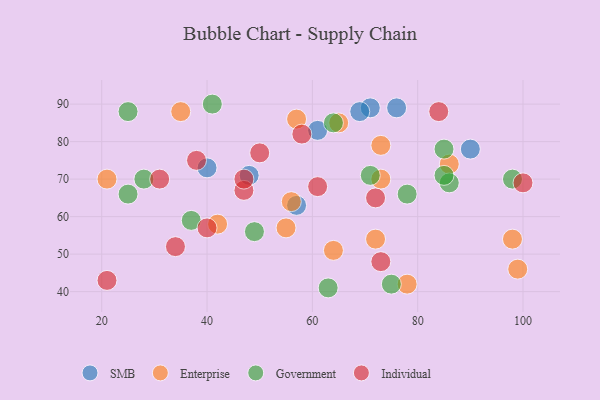
{"axis": {"x": "GDP", "y": "Life Expectancy"}, "legend": ["Enterprise", "Government", "Individual", "SMB"], "data": [{"x": "71", "y": 89, "type": "SMB"}, {"x": "40", "y": 73, "type": "SMB"}, {"x": "48", "y": 71, "type": "SMB"}, {"x": "76", "y": 89, "type": "SMB"}, {"x": "90", "y": 78, "type": "SMB"}, {"x": "69", "y": 88, "type": "SMB"}, {"x": "57", "y": 63, "type": "SMB"}, {"x": "61", "y": 83, "type": "SMB"}, {"x": "98", "y": 54, "type": "Enterprise"}, {"x": "73", "y": 70, "type": "Enterprise"}, {"x": "55", "y": 57, "type": "Enterprise"}, {"x": "65", "y": 85, "type": "Enterprise"}, {"x": "21", "y": 70, "type": "Enterprise"}, {"x": "99", "y": 46, "type": "Enterprise"}, {"x": "86", "y": 74, "type": "Enterprise"}, {"x": "42", "y": 58, "type": "Enterprise"}, {"x": "73", "y": 79, "type": "Enterprise"}, {"x": "57", "y": 86, "type": "Enterprise"}, {"x": "56", "y": 64, "type": "Enterprise"}, {"x": "35", "y": 88, "type": "Enterprise"}, {"x": "78", "y": 42, "type": "Enterprise"}, {"x": "64", "y": 51, "type": "Enterprise"}, {"x": "72", "y": 54, "type": "Enterprise"}, {"x": "49", "y": 56, "type": "Government"}, {"x": "98", "y": 70, "type": "Government"}, {"x": "85", "y": 78, "type": "Government"}, {"x": "25", "y": 88, "type": "Government"}, {"x": "86", "y": 69, "type": "Government"}, {"x": "71", "y": 71, "type": "Government"}, {"x": "63", "y": 41, "type": "Government"}, {"x": "78", "y": 66, "type": "Government"}, {"x": "85", "y": 71, "type": "Government"}, {"x": "25", "y": 66, "type": "Government"}, {"x": "37", "y": 59, "type": "Government"}, {"x": "64", "y": 85, "type": "Government"}, {"x": "41", "y": 90, "type": "Government"}, {"x": "28", "y": 70, "type": "Government"}, {"x": "75", "y": 42, "type": "Government"}, {"x": "58", "y": 82, "type": "Individual"}, {"x": "73", "y": 48, "type": "Individual"}, {"x": "47", "y": 67, "type": "Individual"}, {"x": "84", "y": 88, "type": "Individual"}, {"x": "21", "y": 43, "type": "Individual"}, {"x": "38", "y": 75, "type": "Individual"}, {"x": "40", "y": 57, "type": "Individual"}, {"x": "50", "y": 77, "type": "Individual"}, {"x": "72", "y": 65, "type": "Individual"}, {"x": "100", "y": 69, "type": "Individual"}, {"x": "47", "y": 70, "type": "Individual"}, {"x": "61", "y": 68, "type": "Individual"}, {"x": "31", "y": 70, "type": "Individual"}, {"x": "34", "y": 52, "type": "Individual"}]}